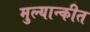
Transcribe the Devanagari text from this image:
मुल्यान्कीत